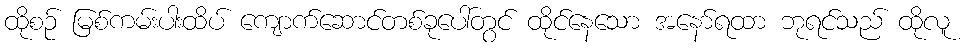
ထိုစဉ် မြစ်ကမ်းပါးထိပ် ကျောက်ဆောင်တစ်ခုပေါ်တွင် ထိုင်နေသော အနော်ရထာ ဘုရင်သည် ထိုလူ